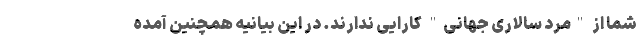
شما از "مرد سالاری جهانی" کارایی ندارند. در این بیانیه همچنین آمده